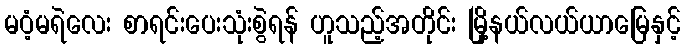
မဝံ့မရဲလေး စာရင်းပေးသုံးစွဲရန် ဟူသည့်အတိုင်း မြို့နယ်လယ်ယာမြေနှင့်